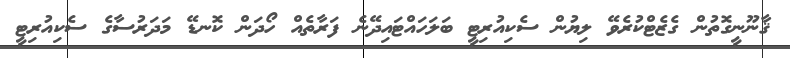
ޤާނޫނީގޮތުން ގެޒެޓްކުރެވޭ ލިޔުން ސެކިއުރިޓީ ބަލަހައްޓައިދޭނެ ފަރާތެއް ހޯދަން ކޮނޑޭ މަދަރުސާގެ ސެކިއުރިޓީ